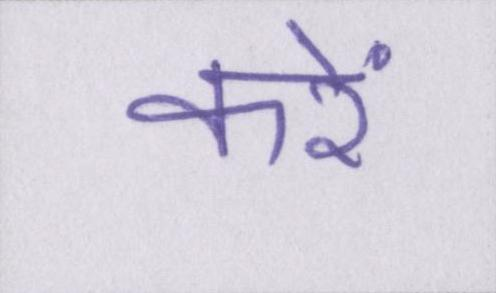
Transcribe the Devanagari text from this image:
करें